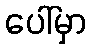
ပေါ်မှာ